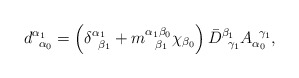
\begin{align*}d_{\;\;\alpha _{0}}^{\alpha _{1}}=\left( \delta _{\;\;\beta _{1}}^{\alpha_{1}}+m_{\;\;\;\beta _{1}}^{\alpha _{1}\beta _{0}}\chi _{\beta _{0}}\right) \bar{D}_{\;\;\gamma _{1}}^{\beta _{1}}A_{\alpha _{0}}^{\;\;\gamma _{1}},\end{align*}